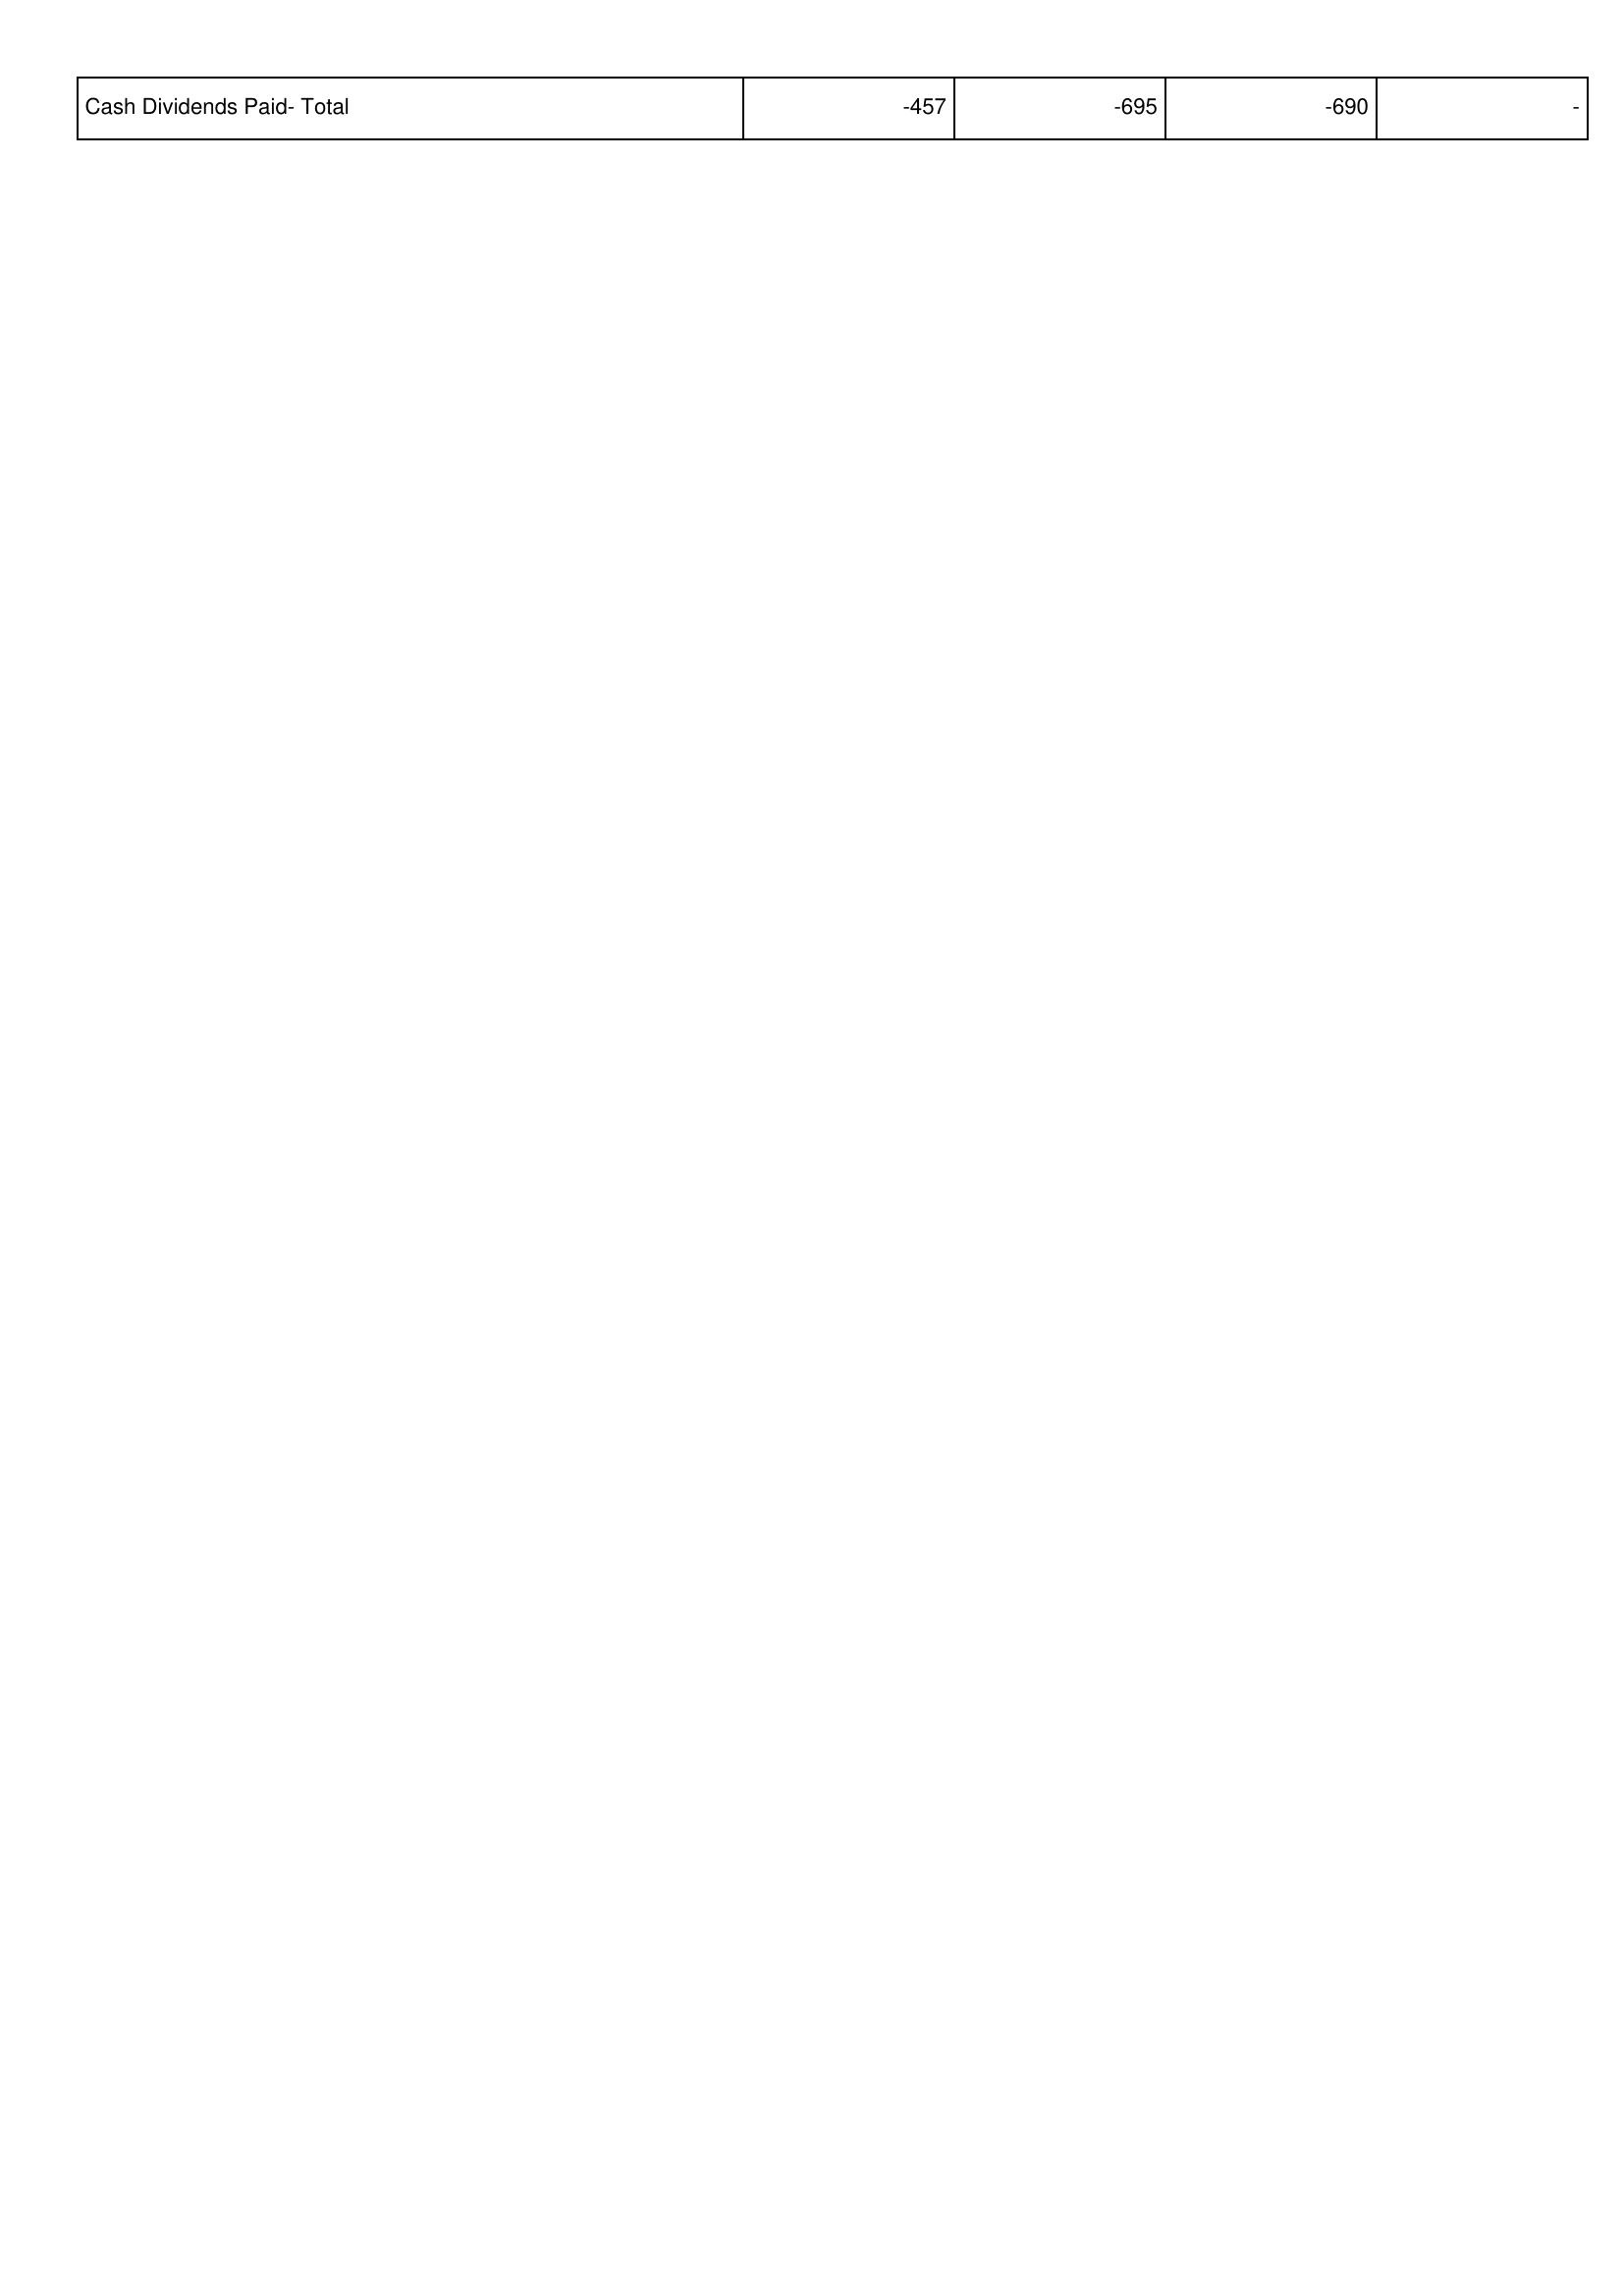
2016: Financing Activities: Cash Dividends Paid- Total: -457
2017: Financing Activities: Cash Dividends Paid- Total: -695
2018: Financing Activities: Cash Dividends Paid- Total: -690
2019: Financing Activities: Cash Dividends Paid- Total: -